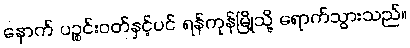
နောက် ပဉ္စင်းဝတ်နှင့်ပင် ရန်ကုန်မြို့သို့ ရောက်သွားသည်။